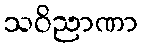
သဝိညာဏာ